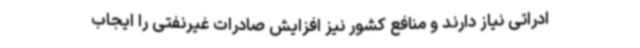
ادراتی نیاز دارند و منافع کشور نیز افزایش صادرات غیرنفتی را ایجاب